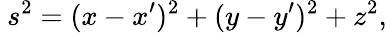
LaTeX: ~s^{2}=(x-x^{\prime})^{2}+(y-y^{\prime})^{2}+z^{2},